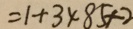
= 1 + 3 \times 8 5 + 2